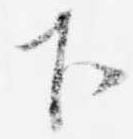
下